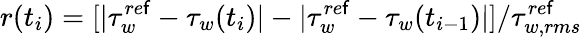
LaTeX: r(t_{i})=[|\tau_{w}^{re\mathsf{f}}-\tau_{w}(t_{i})|-|\tau_{w}^{re\mathsf{f}}-\tau_{w}(t_{i-1})|]/\tau_{w,rms}^{re\mathsf{f}}